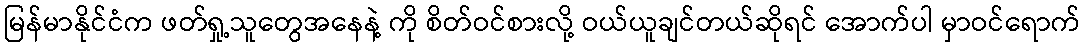
မြန်မာနိုင်ငံက ဖတ်ရှု့သူတွေအနေနဲ့ ကို စိတ်ဝင်စားလို့ ဝယ်ယူချင်တယ်ဆိုရင် အောက်ပါ မှာဝင်ရောက်